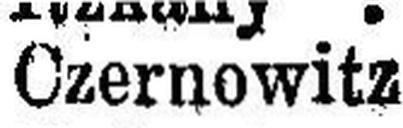
Czernowitz